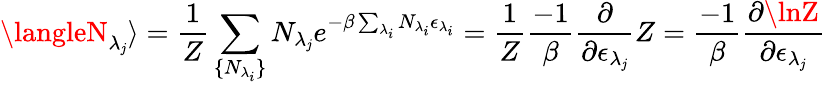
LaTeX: \langleN_{\lambda_{\mathit{j}}}\rangle=\frac{{1}}{{Z}}\sum_{\{ N_{\lambda_{i}}\} }N_{\lambda_{\mathit{j}}}e^{-\beta\sum_{\lambda_{i}}N_{\lambda_{i}}\epsilon_{\lambda_{i}}}=\frac{{1}}{{Z}}\frac{{-1}}{{\beta}}\frac{{\partial}}{{\partial\epsilon_{\lambda_{\mathit{j}}}}}Z=\frac{{-1}}{{\beta}}\frac{{\partial\lnZ}}{{\partial\epsilon_{\lambda_{\mathit{j}}}}}